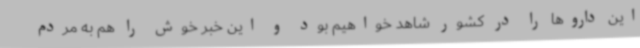
این داروها را در کشور شاهد خواهیم بود و این خبر خوش را هم به مردم